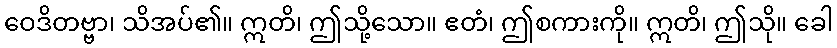
ဝေဒိတဗ္ဗာ၊ သိအပ်၏။ ဣတိ၊ ဤသို့သော။ ဧတံ၊ ဤစကားကို။ ဣတိ၊ ဤသို။ ခေါ